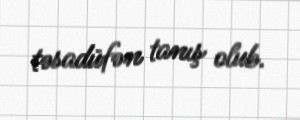
təsadüfən tanış olub.